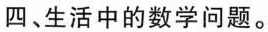
四、生活中的数学问题。